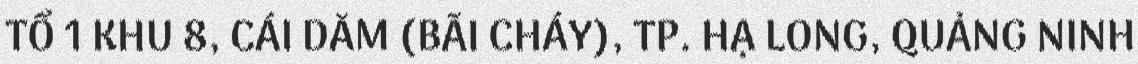
TỔ 1 KHU 8, CÁI DĂM (BÃI CHÁY), TP. HẠ LONG, QUẢNG NINH